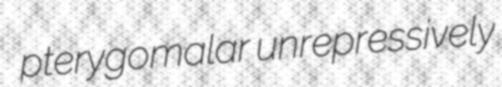
pterygomalar unrepressively